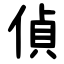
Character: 偵